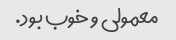
معمولی و خوب بود.